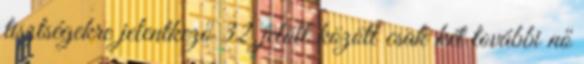
tisztségekre jelentkező 32 jelölt között csak két további nő